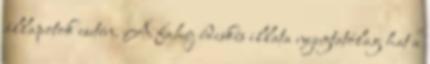
állapotok esetén. A fahéj édeskés illata nyugtatólag hat a